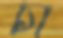
চা